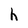
Character: h